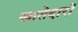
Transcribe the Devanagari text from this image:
खातेदारों